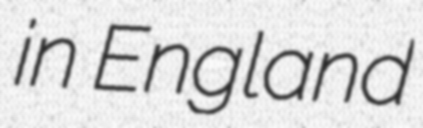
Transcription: in England